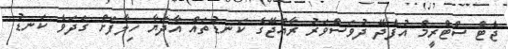
ޖެޓް ސްޓްރީމް އުފެދޭ ދުވަސްވަރު ރާއްޖޭގެ ކަނޑުތައް އާދަޔާ ހިލާފަށް ގަދަވެ ކަނޑު